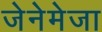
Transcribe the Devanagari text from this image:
जेनेमेजा